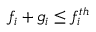
f _ { i } + g _ { i } \le f _ { i } ^ { t h }